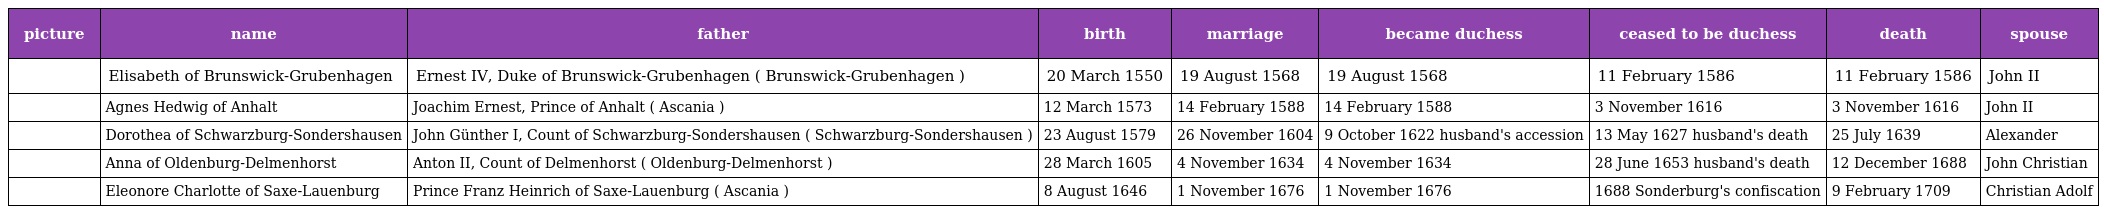
| picture | name | father | birth | marriage | became duchess | ceased to be duchess | death | spouse |
 | --- | --- | --- | --- | --- | --- | --- | --- | --- |
 |  | Elisabeth of Brunswick-Grubenhagen | Ernest IV, Duke of Brunswick-Grubenhagen ( Brunswick-Grubenhagen ) | 20 March 1550 | 19 August 1568 | 19 August 1568 | 11 February 1586 | 11 February 1586 | John II |
 |  | Agnes Hedwig of Anhalt | Joachim Ernest, Prince of Anhalt ( Ascania ) | 12 March 1573 | 14 February 1588 | 14 February 1588 | 3 November 1616 | 3 November 1616 | John II |
 |  | Dorothea of Schwarzburg-Sondershausen | John Günther I, Count of Schwarzburg-Sondershausen ( Schwarzburg-Sondershausen ) | 23 August 1579 | 26 November 1604 | 9 October 1622 husband's accession | 13 May 1627 husband's death | 25 July 1639 | Alexander |
 |  | Anna of Oldenburg-Delmenhorst | Anton II, Count of Delmenhorst ( Oldenburg-Delmenhorst ) | 28 March 1605 | 4 November 1634 | 4 November 1634 | 28 June 1653 husband's death | 12 December 1688 | John Christian |
 |  | Eleonore Charlotte of Saxe-Lauenburg | Prince Franz Heinrich of Saxe-Lauenburg ( Ascania ) | 8 August 1646 | 1 November 1676 | 1 November 1676 | 1688 Sonderburg's confiscation | 9 February 1709 | Christian Adolf |